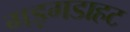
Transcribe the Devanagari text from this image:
गड़गडाहट